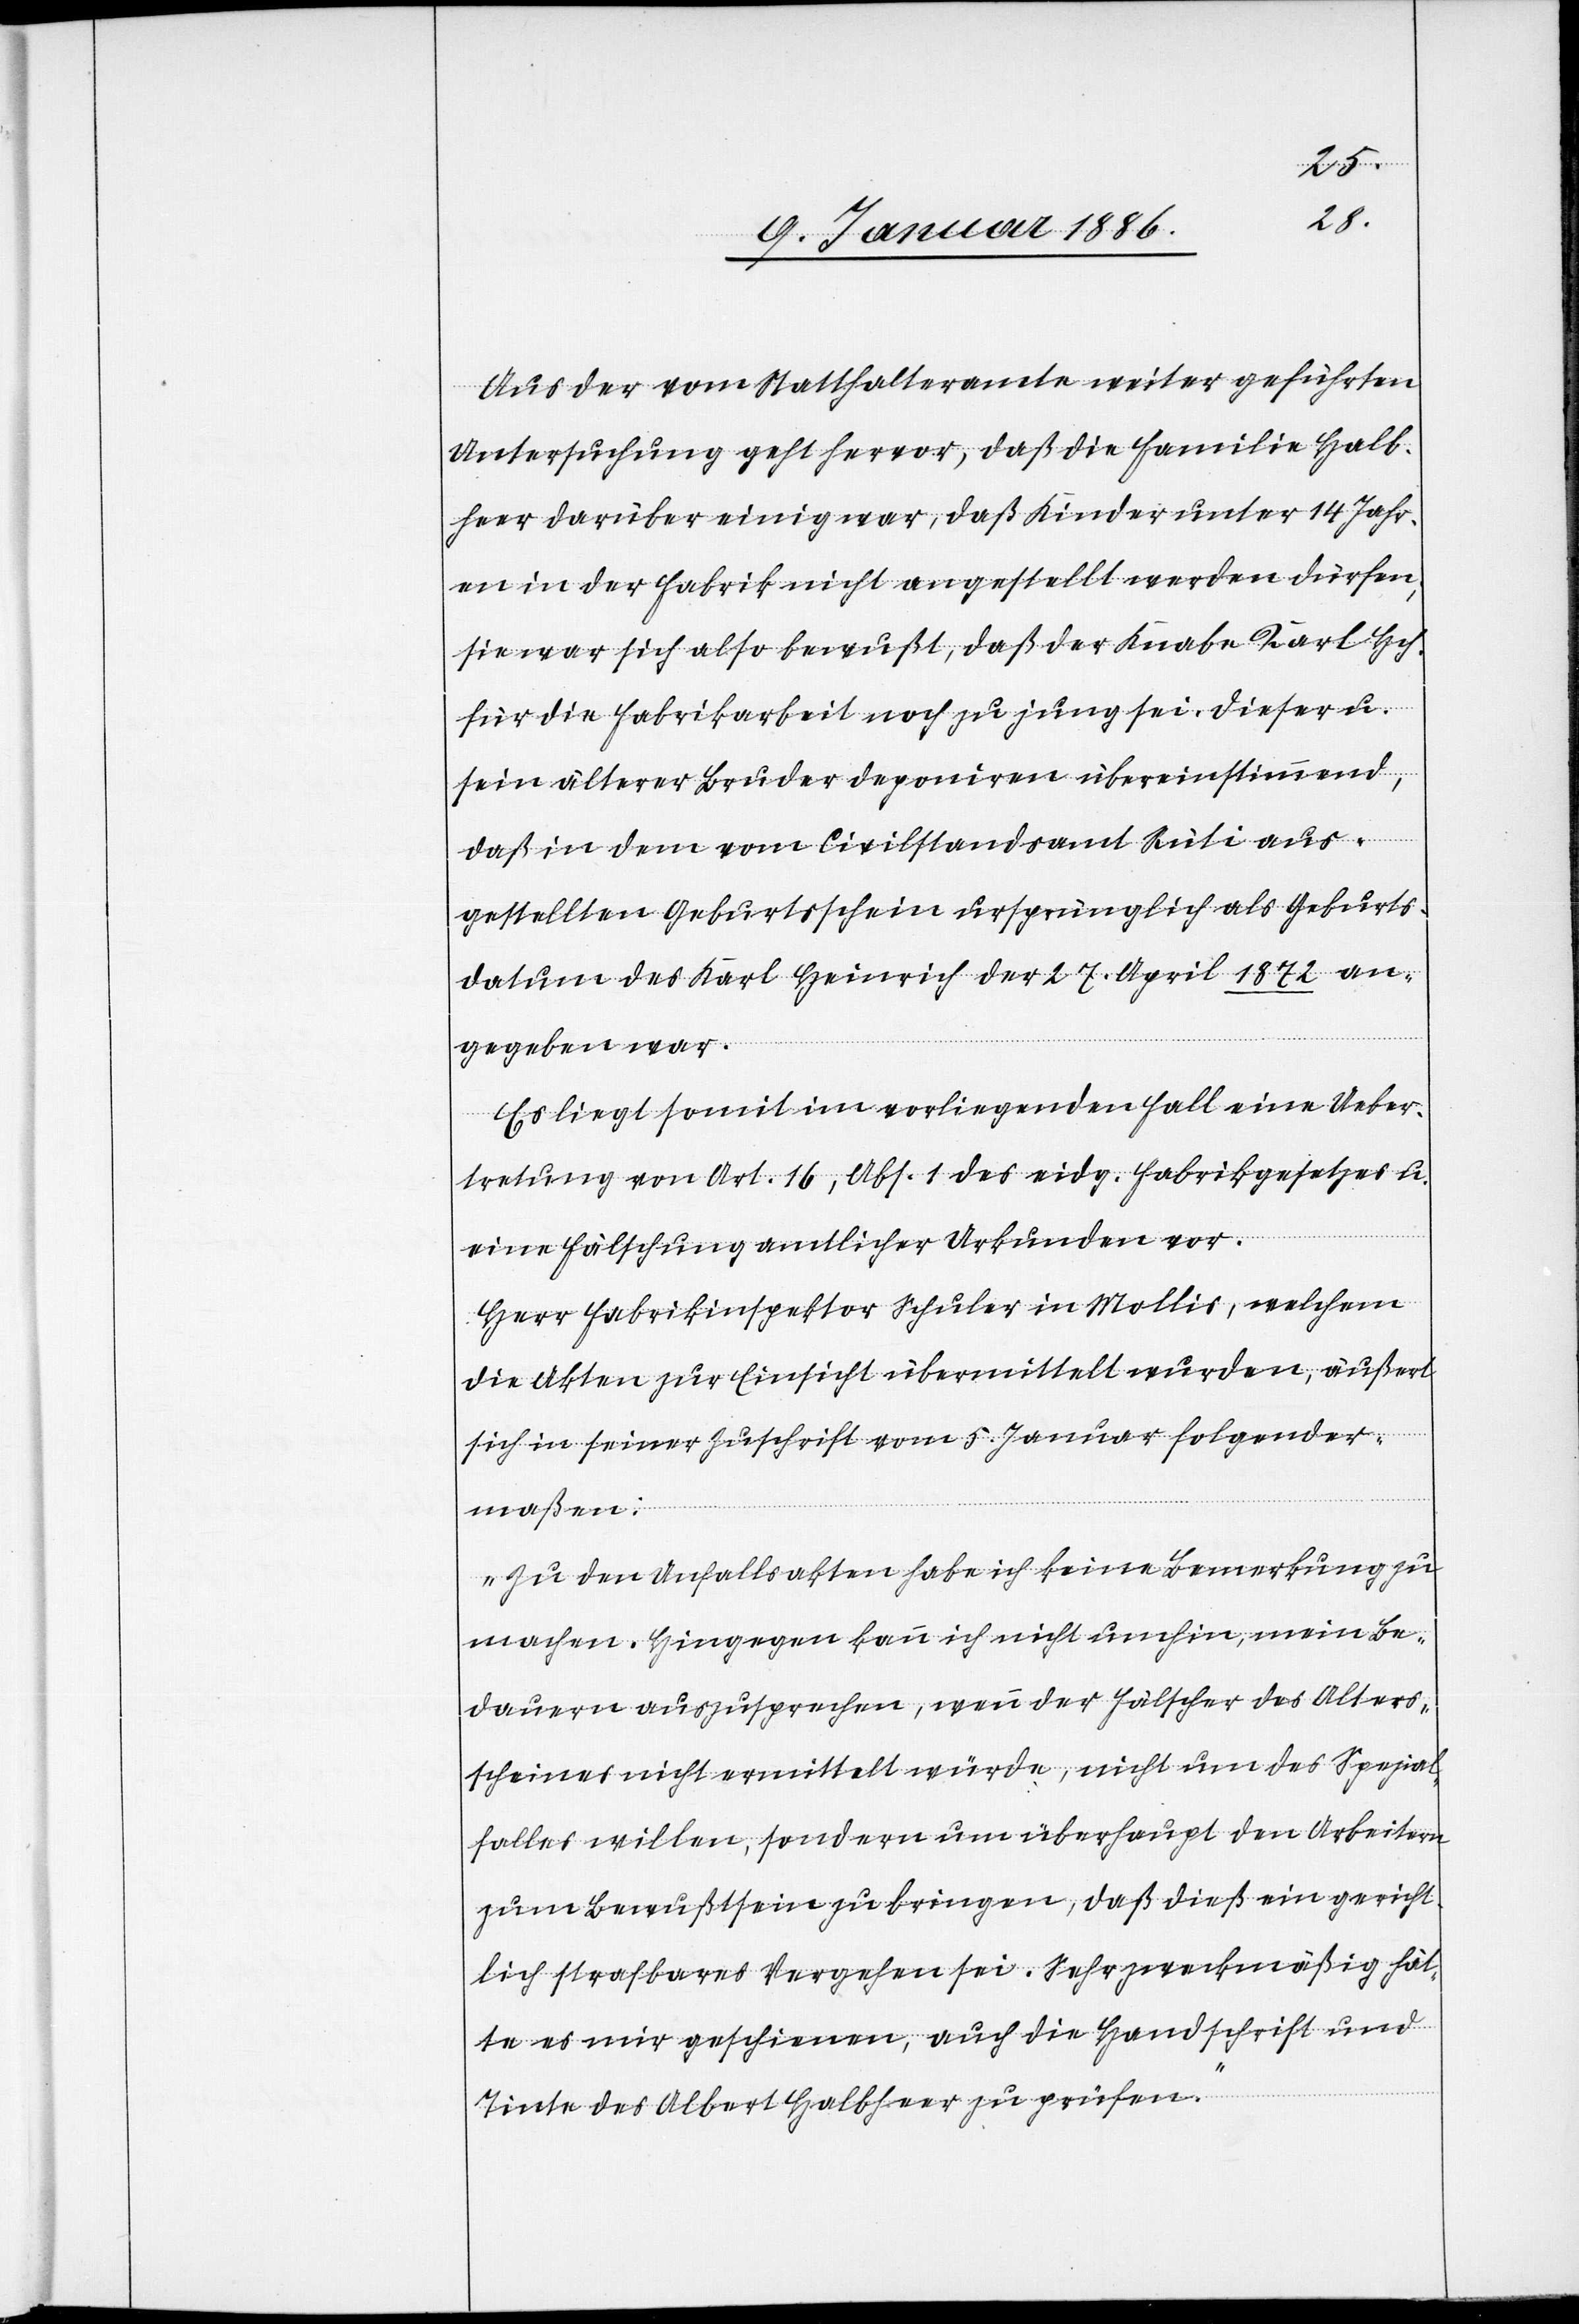
Aus der vom Statthalteramte weiter geführten
Untersuchungen geht hervor, daß die Familie Halb¬
heer darüber einig war, daß Kinder unter 14 Jahr¬
en in der Fabrik nicht angestellt werden dürfen,
sie war sich also bewußt, daß der Knabe Karl Hch.
für die Fabrikarbeit noch zu jung sei. Dieser u.
sein älterer Bruder deponiren übereinstimmend,
daß in dem vom Civilstandsamt Rüti aus¬
gestellten Geburtsschein ursprünglich als Geburts¬
datum des Karl Heinrich der 27. April 1872 an¬
gegeben war.
Es liegt somit im vorliegenden Fall eine Ueber¬
tretung von Art. 16, Abs. 1 des eidg. Fabrikgesetzes u.
eine Fälschung amtlicher Urkunden vor.
Herr Fabrikinspektor Schuler in Mollis, welchem
die Akten zur Einsicht übermittelt wurden, äußert
sich in seiner Zuschrift vom 5. Januar folgender¬
maßen:
„Zu den Unfallsakten habe ich keine Bemerkungen zu
machen. Hingegen kann ich nicht umhin, mein Be¬
dauern auszusprechen, wenn der Fälscher des Akten¬
scheines nicht ermittelt würde, nicht um des Spezial¬
falles willen, sondern um überhaupt den Arbeitern
zum Bewußtsein zu bringen, daß dieß ein gericht¬
lich strafbares Vorgehen sei. Sehr zweckmäßig hät¬
te es mir geschienen, auch die Handschrift und
Tinte des Albert Halbheer zu prüfen.“